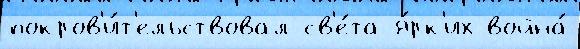
покров'и́т'ельствовал св'е́та я́рк'их война́